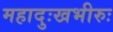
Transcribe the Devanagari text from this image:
महादुःखभीरुः